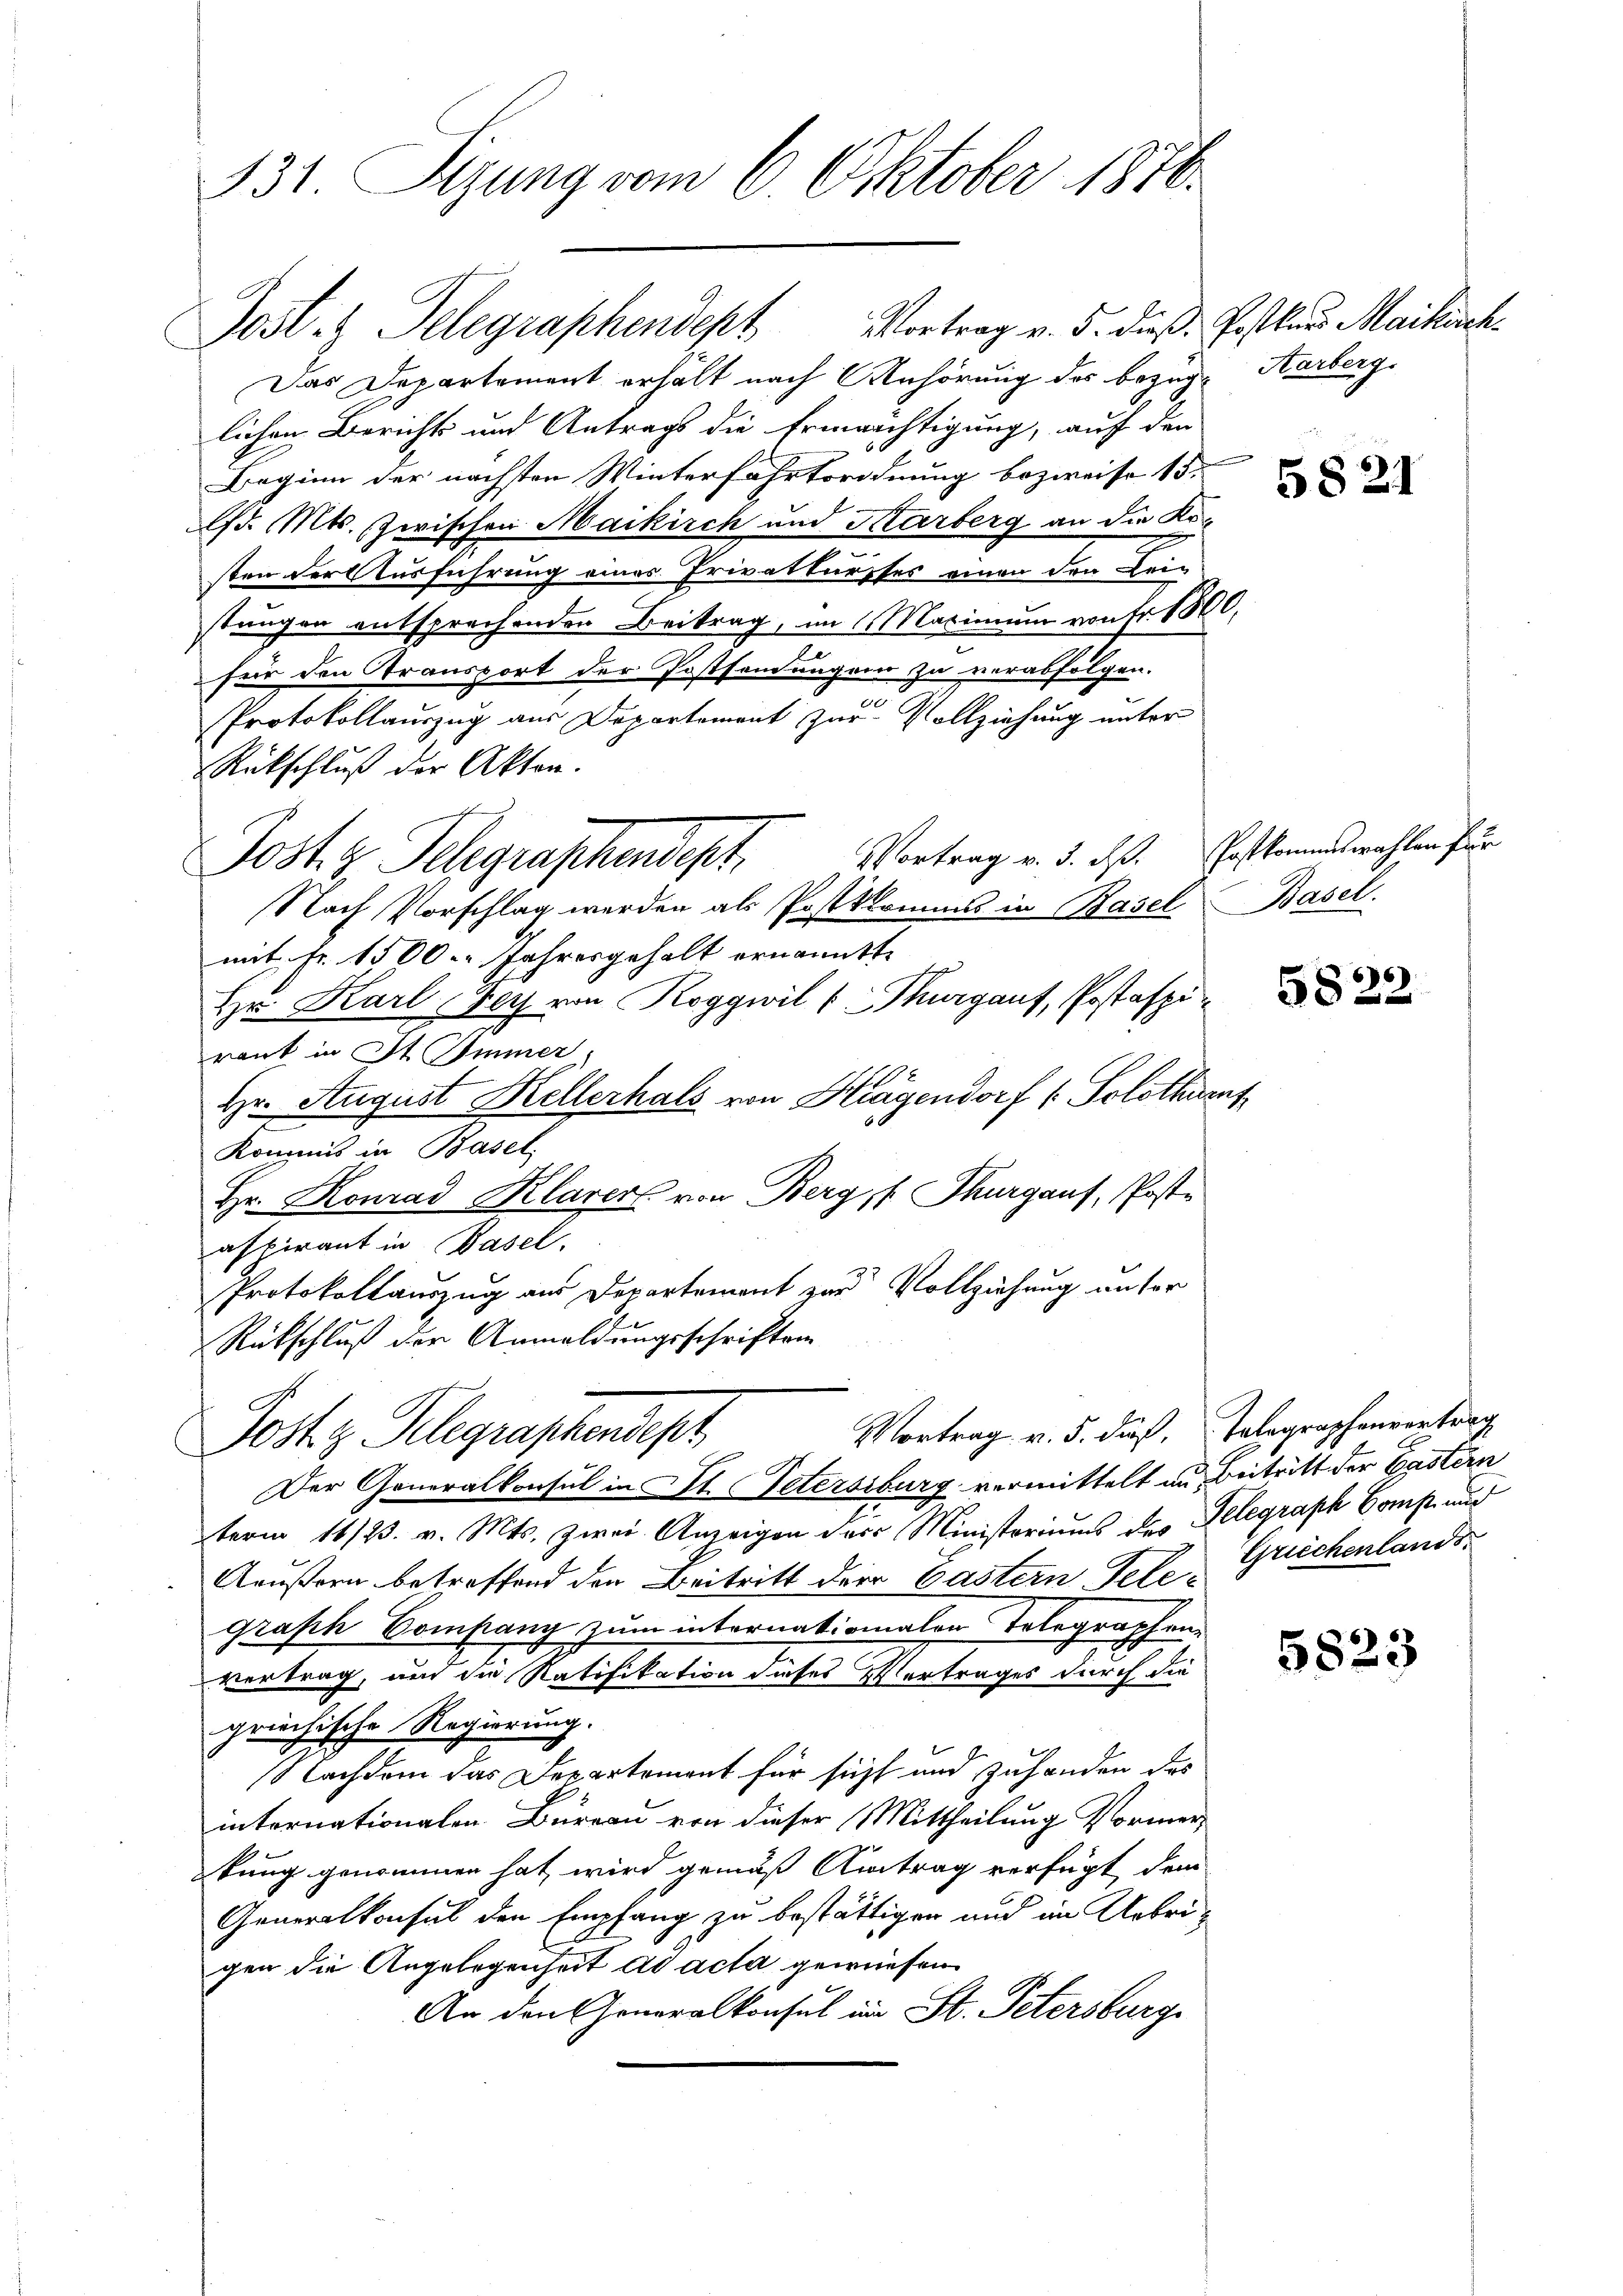
B3t. Sizung vom 6. Oktober 1870.

Jost. Telegraphendept Vortrag v. 5. dieß: Erstklaus Maikirch¬
Das Departement erhalt nach Anhörung des bezüglichen Berichts und Antrags die Ermächtigung, auf den
Beginn der nächsten Winterfährtordnung bezweife 15.
ld. Mts. zwischen Maikirch und Marberg an die Kosten der Ausführung eines Privatkursses einen den Leistungen entsprechenden Beitrag, im Maximum von Fr. 18
für den Transport der Postsendungen zu verabfolgen.
Protokollauszug aus Departement zur Vollziehung unter
Rückschluß der Akten.
Vortrag v. 3. ds.
Nach Vorschlag werden als Postklamins in Basel Basel.
mit Fr. 1500. Jahresgehalt ernannt
Hr. Karl Herz von Roggwil (Thurgauf, Postafpiraut in It Immer,
Hr. August Hellerhals von Klagendorf (Solothur
Kommis in Basel,
Hr. Konrad Klarers von Berg, Thurgauf, Postaspirant in Basel.
Protokollauszug aus Departement zur Vollziehung unter
Rückschluß der Anmeldungsschriften
Vortrag v. 5. dieß,
Jost z. Telegraphendept
Der Generalkonsul in St. Petersiburg vermittelt im Beitritt der Gastern
term 16/23. v. Mts. zwei Anzeigen der Ministeriums des Telegraph Comp. und
Aeußern betreffend den Beitritt der Castern Telegraph Company zum internationalen Telegraphen-
vertrag, und die Ratifikation dieses Vertrages durch die
griechische Regierung.
Nachdem das Departement für sicht und zuhanden des
internationalen Büreau von dieser Mittheilung Vormerkung genommen hat, wird gemäß Antrag verfügt dem
Generalkonsul den Empfang zu bestättigen und im Uebrigen die Angelegenheit ad acta gewiesen
An den Generalkonsul in St. Petersburg

Jost z. Telegraphendeph

Aarberg.

n

5821

Postkommiswahlen für

4

5822.

5823

Telegraphenvertrag
Griechenlands